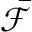
\bar { \mathcal F }